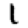
Digit: 1